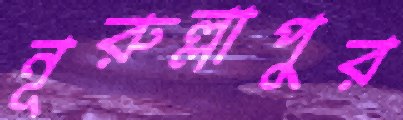
নূরুল্লাপুর